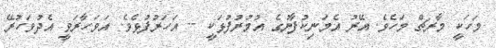
މަހަކީ މާރޗް މަހެވެ. އޭރު އެމަނިކުފާނުގެ އުމުރުފުޅަކީ -- އަހަރުފުޅެވެ. އަވަހާރަވީ އެދުވަހުރޭ